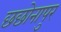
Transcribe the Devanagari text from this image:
छछोनापुर